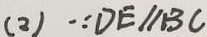
( 2 ) \because D E / / B C